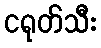
ငရုတ်သီး